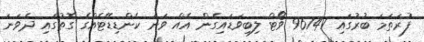
ފުރަތަމަ ބުރުގައި 96747 ވޯޓް ލިބިވަޑައިގެން އެއް ވަނަ ކެންޑިޑޭޓެއްގެ ގޮތުގައި ދެވަނަ